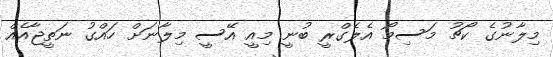
މިލާނުގެ ކޯޗު މަސިމޯ އެލެގްރީ ބުނީ މިއީ އޭސީ މިލާނަށް ހައްގު ނަތީޖާއެއް